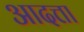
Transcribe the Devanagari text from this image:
आदत्ता